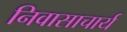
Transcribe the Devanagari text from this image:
निवासाचार्य